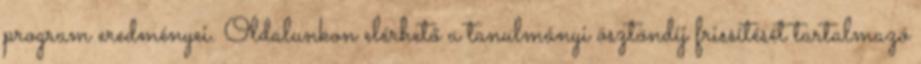
program eredményei. Oldalunkon elérhető a tanulmányi ösztöndíj frissítését tartalmazó